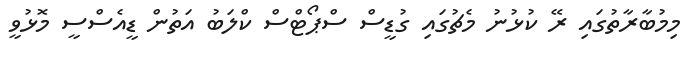
މިމުބާރާތުގައި ރޭ ކުޅުނު މެޗުގައި ގުޑީސް ސްޕޯޓްސް ކްލަބު އަތުން ޑީއެސްސީ މޮޅުވީ